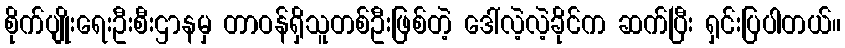
စိုက်ပျိုးရေးဦးစီးဌာနမှ တာဝန်ရှိသူတစ်ဦးဖြစ်တဲ့ ဒေါ်လဲ့လဲ့ခိုင်က ဆက်ပြီး ရှင်းပြပါတယ်။